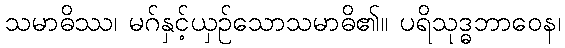
သမာဓိဿ၊ မဂ်နှင့်ယှဉ်သောသမာဓိ၏။ ပရိသုဒ္ဓဘာဝေန၊